Indian journal of veterinary science and animal husbandry - Volumes 28-29, 1958-1959
Year: 1958
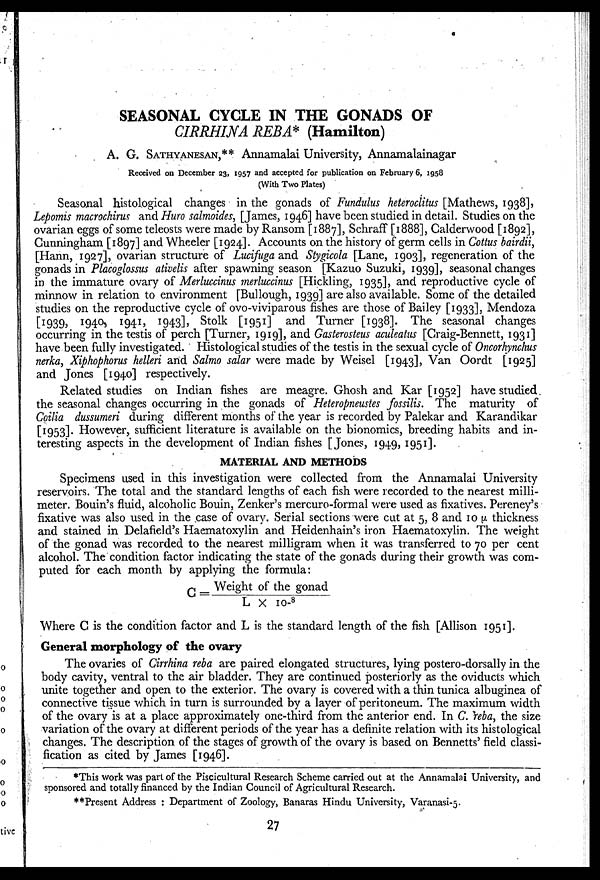
SEASONAL CYCLE IN THE GONADS OF
CIRRHINA REBA* (Hamilton)
A. G. SATHYANESAN,** Annamalai University, Annamalainagar
Received on December 23, 1957 and accepted for publication on February 6, 1958
(With Two Plates)
Seasonal histological changes in the gonads of Fundulus heteroclitus [Mathews, 1938],
Lepomis macrochirus and Huro salmoides, [James, 1946] have been studied in detail. Studies on the
ovarian eggs of some teleosts were made by Ransom [1887], Schraff [1888], Calderwood [1892],
Cunningham [1897] and Wheeler [1924]. Accounts on the history of germ cells in Cottus bairdii,
[Hann, 1927], ovarian structure of Lucifuga and Stygicola [Lane, 1903], regeneration of the
gonads in Placoglossus ativelis after spawning season [Kazuo Suzuki, 1939], seasonal changes
in the immature ovary of Merluccinus merluccinus [Hickling, 1935], and reproductive cycle of
minnow in relation to environment [Bullough, 1939] are also available. Some of the detailed
studies on the reproductive cycle of ovo-viviparous fishes are those of Bailey [1933], Mendoza
[1939, 1940, 1941, 1943], Stolk [1951] and Turner [1938]. The seasonal changes
occurring in the testis of perch [Turner, 1919], and Gasterosteus aculeatus [Craig-Bennett, 1931]
have been fully investigated. Histological studies of the testis in the sexual cycle of Oncorhynchus
nerka, Xiphophorus helleri and Salmo salar were made by Weisel [1943], Van Oordt [1925]
and Jones [1940] respectively.
Related studies on Indian fishes are meagre. Ghosh and Kar [1952] have studied
the seasonal changes occurring in the gonads of Heteropneustes fossilis. The maturity of
Coilia dussumeri during different months of the year is recorded by Palekar and Karandikar
[1953]. However, sufficient literature is available on the bionomics, breeding habits and in-
teresting aspects in the development of Indian fishes [Jones, 1949, 1951].
MATERIAL AND METHODS
Specimens used in this investigation were collected from the Annamalai University
reservoirs. The total and the standard lengths of each fish were recorded to the nearest milli-
meter. Bouin's fluid, alcoholic Bouin, Zenker's mercuro-formal were used as fixatives. Pereney's
fixative was also used in the case of ovary. Serial sections were cut at 5, 8 and 10 µ thickness
and stained in Delafield's Haematoxylin and Heidenhain's iron Haematoxylin. The weight
of the gonad was recorded to the nearest milligram when it was transferred to 70 per cent
alcohol. The condition factor indicating the state of the gonads during their growth was com-
puted for each month by applying the formula:
C = Weight of the g o n a d / L × 10 -8
Where C is the condition factor and L is the standard length of the fish [Allison 1951].
General morphology of the ovary
The ovaries of Cirrhina reba are paired elongated structures, lying postero-dorsally in the
body cavity, ventral to the air bladder. They are continued posteriorly as the oviducts which
unite together and open to the exterior. The ovary is covered with a thin tunica albuginea of
connective tissue which in turn is surrounded by a layer of peritoneum. The maximum width
of the ovary is at a place approximately one-third from the anterior end. In C. reba, the size
variation of the ovary at different periods of the year has a definite relation with its histological
changes. The description of the stages of growth of the ovary is based on Bennetts' field classi-
fication as cited by James [1946].
*This work was part of the Piscicultural Research Scheme carried out at the Annamalai University, and
sponsored and totally financed by the Indian Council of Agricultural Research.
**Present Address : Department of Zoology, Banaras Hindu University, Varanasi-5.
27